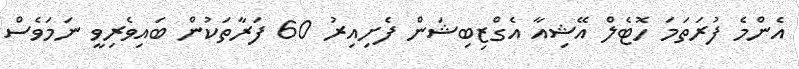
އެންމެ ފުރަތަމަ ހޮޓެލް އޭޝިއާ އެގްޒިބިޝަން ފެށިއިރު 60 ފަރާތަކުން ބައިވެރިވީ ނަމަވެސް